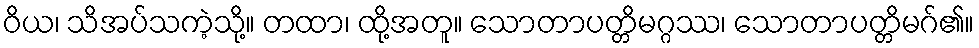
ဝိယ၊ သိအပ်သကဲ့သို့။ တထာ၊ ထို့အတူ။ သောတာပတ္တိမဂ္ဂဿ၊ သောတာပတ္တိမဂ်၏။